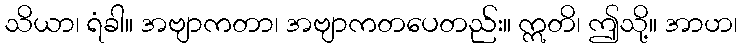
သိယာ၊ ရံခါ။ အဗျာကတာ၊ အဗျာကတပေတည်း။ ဣတိ၊ ဤသို့။ အာဟ၊